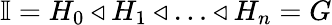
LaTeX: \mathbb{I}=H_{0}\triangleleft H_{1}\triangleleft\ldots\triangleleft H_{n}=G